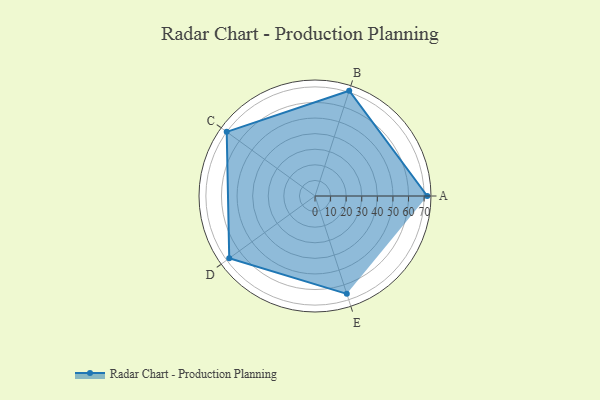
{"axis": {"x": "Skill", "y": "Score"}, "legend": ["Profile"], "data": [{"x": "A", "y": 72.0, "type": "Profile"}, {"x": "B", "y": 71.0, "type": "Profile"}, {"x": "C", "y": 70.0, "type": "Profile"}, {"x": "D", "y": 68.0, "type": "Profile"}, {"x": "E", "y": 66.0, "type": "Profile"}]}